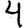
Digit: 4